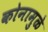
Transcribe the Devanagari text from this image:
कोनामुळे